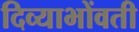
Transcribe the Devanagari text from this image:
दिव्याभोंवती